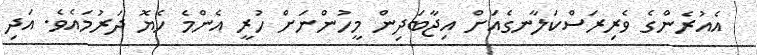
އެއުރެންގެ ވެރިރަސްކަލާނގެއަށް އިޖާބަދިން މީހުންނަށް ހުރީ އެންމެ ހެޔޮ ދަރުމައެވެ. އަދި